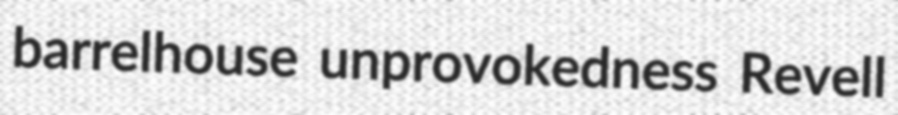
barrelhouse unprovokedness Revell